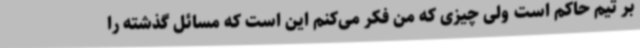
بر تیم حاکم است ولی چیزی که من فکر می‌کنم این است که مسائل گذشته را